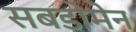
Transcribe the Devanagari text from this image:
सबडोमेन